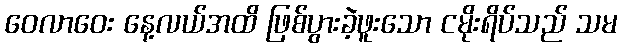
ဝေလာဝေး နေ့လယ်အထိ ဖြစ်ပွားခဲ့ဖူးသော ငမိုးရိပ်သည် သမ